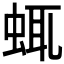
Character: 𧋖